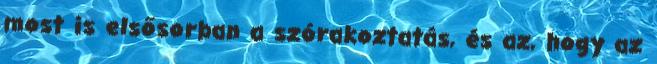
most is elsősorban a szórakoztatás, és az, hogy az